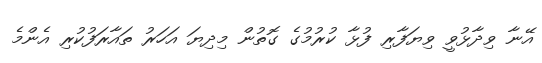
އޭނާ ވިދާޅުވީ ވިޔަފާރި ފުޅާ ކުރުމުގެ ގޮތުން މިދިޔަ އަހަރު ތައާރަފުކުރި އެންމެ